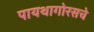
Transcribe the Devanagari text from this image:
पायथागोरसचे